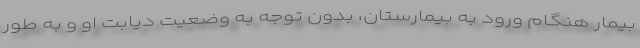
بیمار هنگام ورود به بیمارستان، بدون توجه به وضعیت دیابت او و به طور